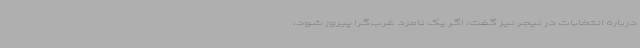
درباره انتخابات در نیجر نیز گفت: اگر یک نامزد غرب‌گرا پیروز شود،